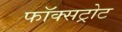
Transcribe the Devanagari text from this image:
फॉक्सट्रोट